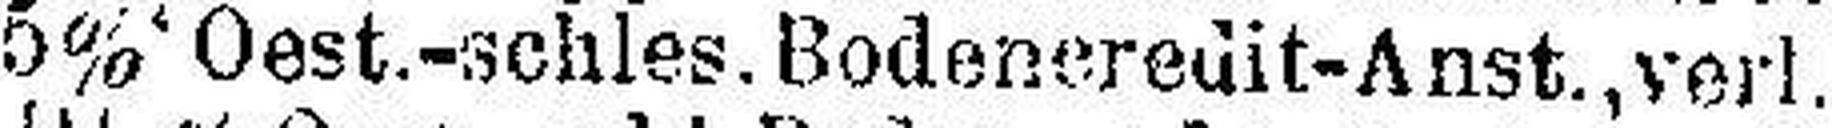
5% Oest.-schles. Bodencredit-Anst., verl.